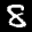
Label: 8